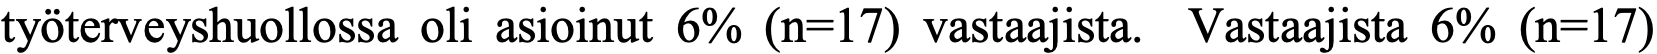
työterveyshuollossa oli asioinut 6% (n=17) vastaajista. Vastaajista 6% (n=17)